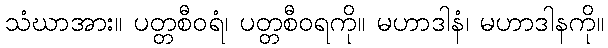
သံဃာအား။ ပတ္တစီဝရံ၊ ပတ္တစီဝရကို။ မဟာဒါနံ၊ မဟာဒါနကို။